Cultivation of the bacillus of leprosy and the treatment of cases by means of a vaccine prepared from the cultivations - Number 42
Disease focus: Leprosy
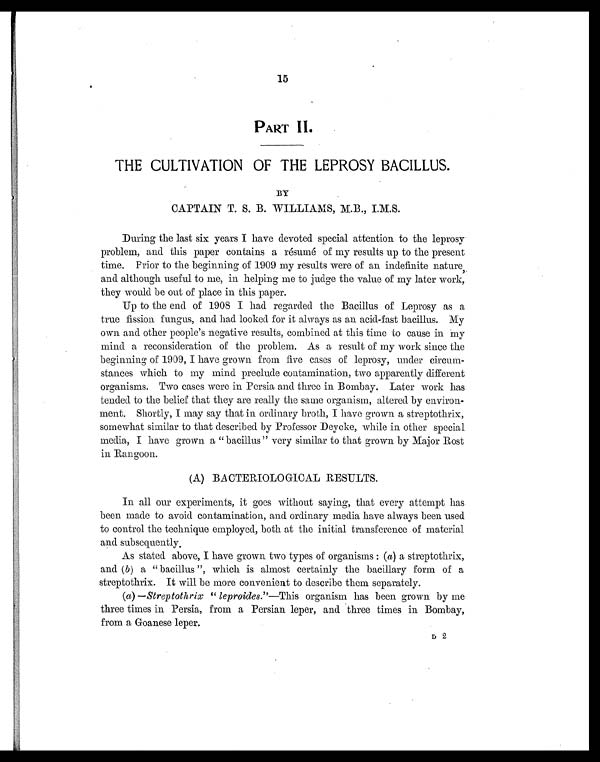
15
PART II.
THE CULTIVATION OF THE LEPROSY BACILLUS.
BY
CAPTAIN T. S. B. WILLIAMS, M.B., I.M.S.
During the last six years I have devoted special attention to the leprosy
problem, and this paper contains a résumé of my results up to the present
time. Prior to the beginning of 1909 my results were of an indefinite nature,
and although useful to me, in helping me to judge the value of my later work,
they would be out of place in this paper.
Up to the end of 1908 I had regarded the Bacillus of Leprosy as a
true fission fungus, and had looked for it always as an acid-fast bacillus. My
own and other people's negative results, combined at this time to cause in my
mind a reconsideration of the problem. As a result of my work since the
beginning of 1909, I have grown from five cases of leprosy, under circum-
stances which to my mind preclude contamination, two apparently different
organisms. Two cases were in Persia and three in Bombay. Later work has
tended to the belief that they are really the same organism, altered by environ-
ment. Shortly, I may say that in ordinary broth, I have grown a streptothrix,
somewhat similar to that described by Professor Deycke, while in other special
media, I have grown a "bacillus" very similar to that grown by Major Rost
in Rangoon.
(A) BACTERIOLOGICAL RESULTS.
In all our experiments, it goes without saying, that every attempt has
been made to avoid contamination, and ordinary media have always been used
to control the technique employed, both at the initial transference of material
and subsequently.
As stated above, I have grown two types of organisms : (a) a streptothrix,
and (b) a "bacillus", which is almost certainly the bacillary form of a
streptothrix. It will be more convenient to describe them separately.
(a) —Streptothrix "leproides."—This organism has been grown by me
three times in Persia, from a Persian leper, and three times in Bombay,
from a Goanese leper.
D 2